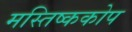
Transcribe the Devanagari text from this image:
मस्तिष्ककोप